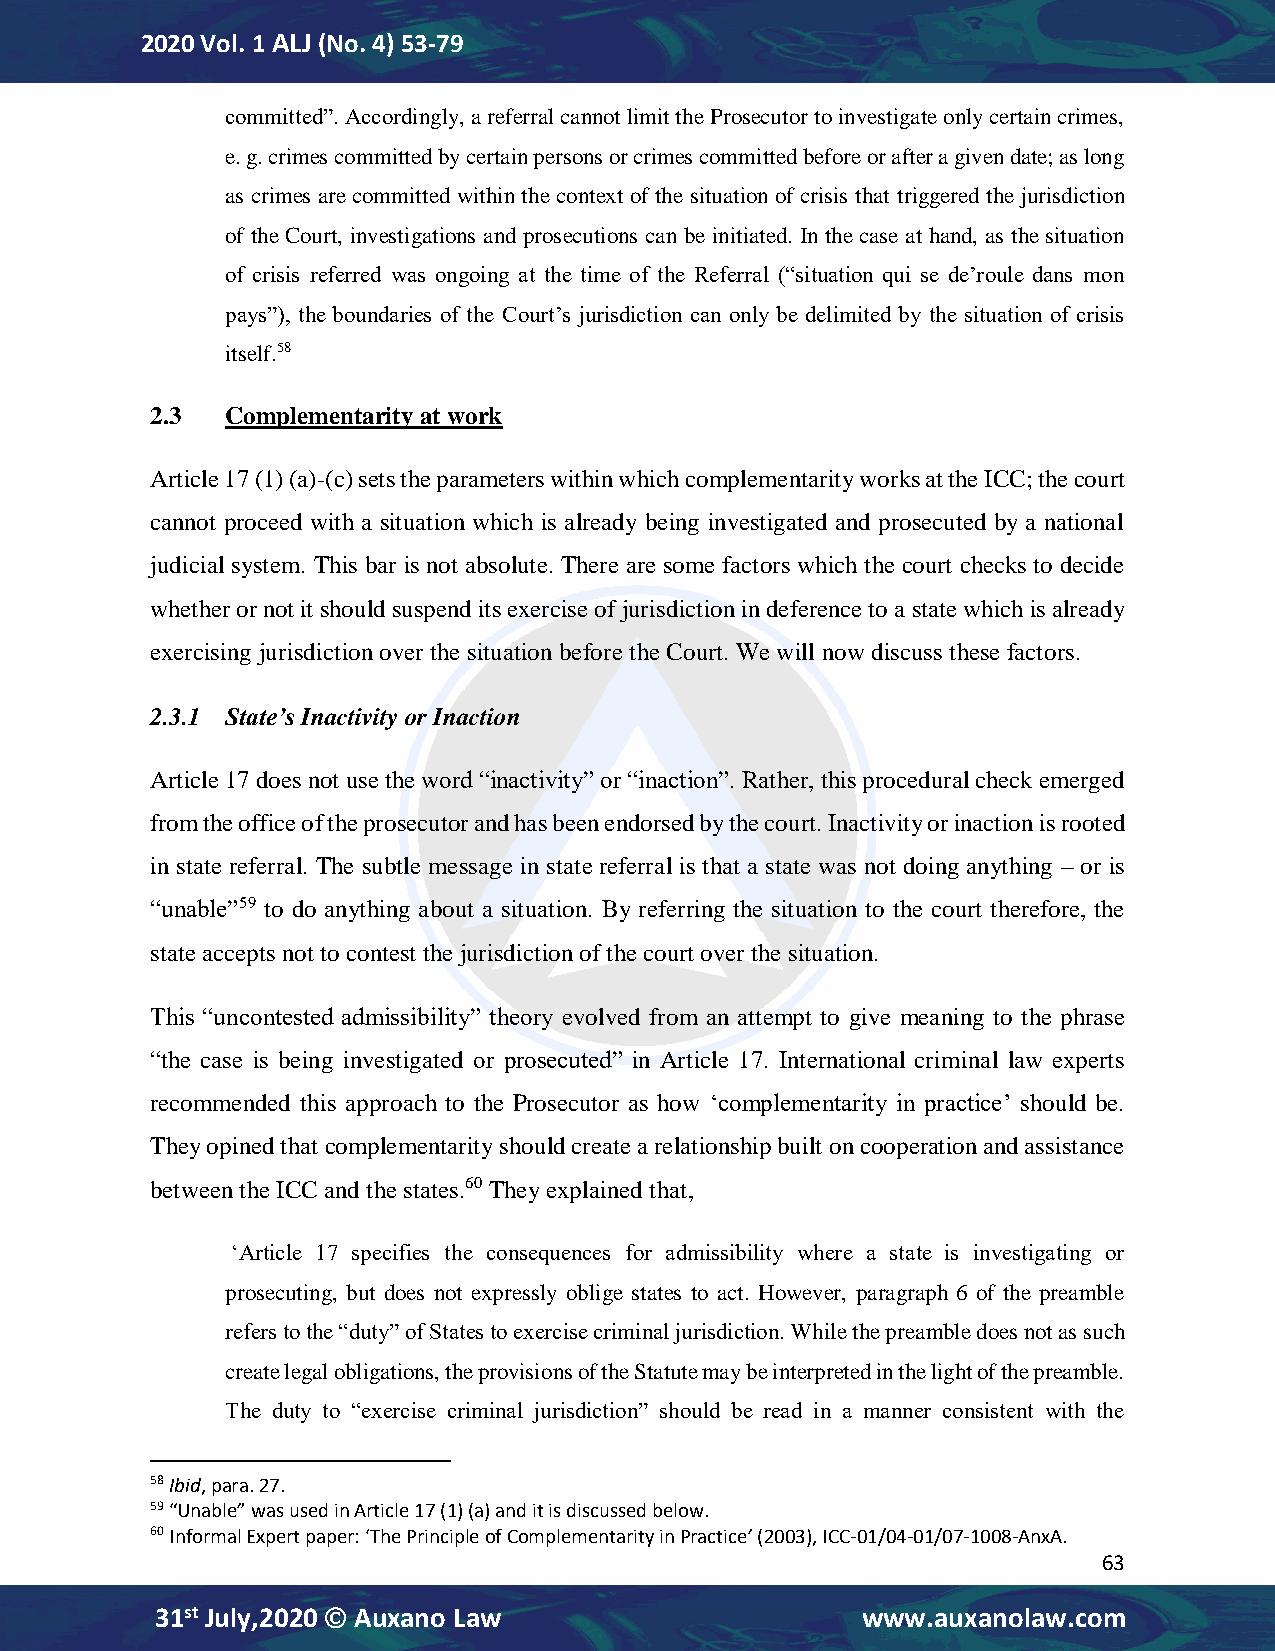
2020 Vol. 1 ALJ (No. 4) 53-79
 committed”. Accordingly, a referral cannot limit the Prosecutor to investigate only certain crimes,
 e. g. crimes committed by certain persons or crimes committed before or after a given date; as long
 as crimes are committed within the context of the situation of crisis that triggered the jurisdiction
 of the Court, investigations and prosecutions can be initiated. In the case at hand, as the situation
 of crisis referred was ongoing at the time of the Referral (“situation qui se de’roule dans mon
 pays”), the boundaries of the Court’s jurisdiction can only be delimited by the situation of crisis
 itself.58
 2.3  Complementarity at work
 Article 17 (1) (a)-(c) sets the parameters within which complementarity works at the ICC; the court
 cannot proceed with a situation which is already being investigated and prosecuted by a national
 judicial system. This bar is not absolute. There are some factors which the court checks to decide
 whether or not it should suspend its exercise of jurisdiction in deference to a state which is already
 exercising jurisdiction over the situation before the Court. We will now discuss these factors.
 2.3.1 State’s Inactivity or Inaction
 Article 17 does not use the word “inactivity” or “inaction”. Rather, this procedural check emerged
 from the office of the prosecutor and has been endorsed by the court. Inactivity or inaction is rooted
 in state referral. The subtle message in state referral is that a state was not doing anything – or is
 “unable”59 to do anything about a situation. By referring the situation to the court therefore, the
 state accepts not to contest the jurisdiction of the court over the situation.
 This “uncontested admissibility” theory evolved from an attempt to give meaning to the phrase
 “the case is being investigated or prosecuted” in Article 17. International criminal law experts
 recommended this approach to the Prosecutor as how ‘complementarity in practice’ should be.
 They opined that complementarity should create a relationship built on cooperation and assistance
 between the ICC and the states.60 They explained that,
 ‘Article 17 specifies the consequences for admissibility where a state is investigating or
 prosecuting, but does not expressly oblige states to act. However, paragraph 6 of the preamble
 refers to the “duty” of States to exercise criminal jurisdiction. While the preamble does not as such
 create legal obligations, the provisions of the Statute may be interpreted in the light of the preamble.
 The duty to “exercise criminal jurisdiction” should be read in a manner consistent with the
 58 Ibid, para. 27.
 59 “Unable” was used in Article 17 (1) (a) and it is discussed below.
 60 Informal Expert paper: ‘The Principle of Complementarity in Practice’ (2003), ICC-01/04-01/07-1008-AnxA.
 63
 31st July,2020  Auxano Law                    www.auxanolaw.com